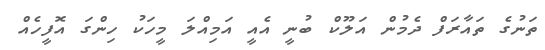
ތަނުގެ ތައާރަފް ދެމުން އަލޫކް ބުނީ އެއީ އަމިއްލަ މީހަކު ހިންގަ އޮފީހެއް